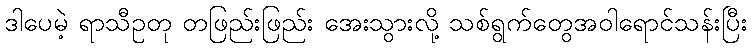
ဒါပေမဲ့ ရာသီဥတု တဖြည်းဖြည်း အေးသွားလို့ သစ်ရွက်တွေအဝါရောင်သန်းပြီး